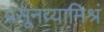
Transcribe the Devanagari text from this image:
प्रसूनव्यामिश्रं